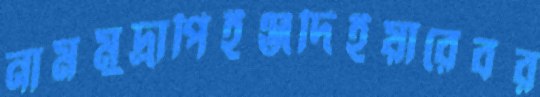
নামমুদ্রাপিইঞ্জদিইয়ারেবর